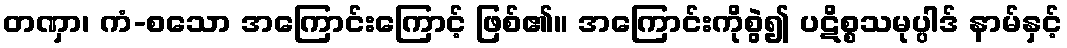
တဏှာ၊ ကံ-စသော အကြောင်းကြောင့် ဖြစ်၏။ အကြောင်းကိုစွဲ၍ ပဋိစ္စသမုပ္ပါဒ် နာမ်နှင့်